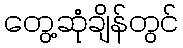
တွေ့ဆုံချိန်တွင်